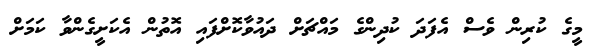
މީގެ ކުރިން ވެސް އެފަދަ ކުދިންގެ މައްޗަށް ދައުވާކޮށްފައި އޮތުން އެކަށީގެންވާ ކަމަށް